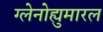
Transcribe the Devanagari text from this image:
ग्लेनोह्युमारल